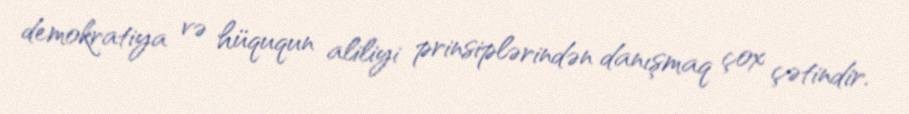
demokratiya və hüququn aliliyi prinsiplərindən danışmaq çox çətindir.